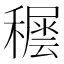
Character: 𥢘